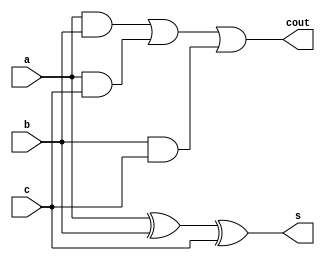

module full_adder( 
  a, b, c, s, cout
);
  input a, b, c;
  output s, cout;

  wire a, b, c, s, cout;

  assign s = a ^ b ^ c;
  assign cout = (a&b) | (a&c) | (b&c);

endmodule